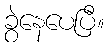
ခွဲနေပေပြီ။